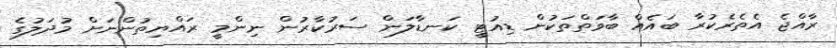
ރާއްޖެ އެތެރެކުރާ ބައެއް ބާވަތްތަކުން ޑިއުޓީ ކަނޑާލަން ސަރުކާރުން ނިންމީ ރައްޔިތުންނަށް މުދަލުގެ